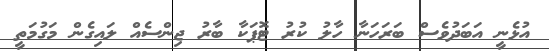
އުޅެނީ އަބަދުވެސް ބަރަހަނާ ހާލު ކުރު ޓޮޕަކާ ބާރު ޖިންސެއް ލައިގެން މަގުމަތީ